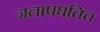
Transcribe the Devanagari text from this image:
जलापघतित